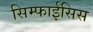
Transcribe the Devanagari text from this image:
सिम्फाईसिस